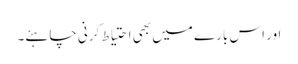
اور اس بارے میں بھی احتیاط کرنی چاہئے۔